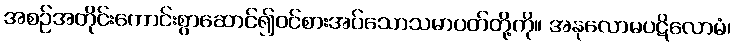
အစဉ်အတိုင်းကောင်းစွာဆောင်၍ဝင်စားအပ်သောသမာပတ်တို့ကို။ အနုလောမပဋိလောမံ၊